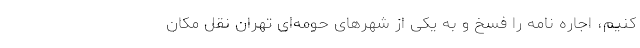
کنیم، اجاره نامه را فسخ و به یکی از شهرهای حومه‌ای تهران نقل مکان